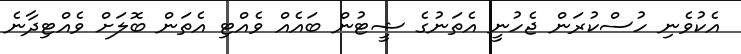
އެކުވެނި ހުސްކުރަން ޖެހުނީ އެތަނުގެ ޝީޓުން ބައެއް ވެއްޓި އެތަން ބޮލަށް ވެއްޓިދާނެ